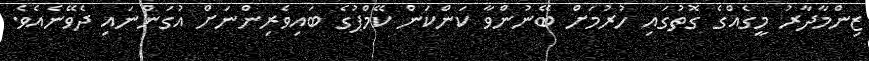
ޒިންމާދާރު މީގެއްގެ ގޮތުގައި ހުރުމަށް ބޭނުންވާ ކަންކަން ކޭމްޕުގެ ބައިވެރިންނަށް އުގަންނައި ދެވޭނެއެވެ.